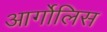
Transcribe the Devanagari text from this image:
आर्गोलिस